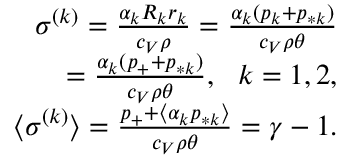
\begin{array} { r } { \sigma ^ { ( k ) } = \frac { \alpha _ { k } R _ { k } r _ { k } } { c _ { V } \rho } = \frac { \alpha _ { k } ( p _ { k } + p _ { * k } ) } { c _ { V } \rho \theta } } \\ { = \frac { \alpha _ { k } ( p _ { + } + p _ { * k } ) } { c _ { V } \rho \theta } , \ \ k = 1 , 2 , } \\ { \langle \sigma ^ { ( k ) } \rangle = \frac { p _ { + } + \langle \alpha _ { k } p _ { * k } \rangle } { c _ { V } \rho \theta } = \gamma - 1 . } \end{array}